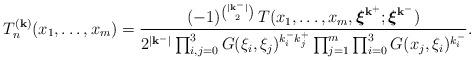
LaTeX: \begin{align*}T_n^{(\mathbf k)}(x_1,\dots,x_{m})=\frac{(-1)^{\binom{|\mathbf k^-|}2}\,T(x_1,\dots,x_m,\boldsymbol\xi^{{\mathbf k}^+};\boldsymbol\xi^{{\mathbf k}^-})}{2^{|\mathbf k^-|}\prod_{i,j=0}^3G(\xi_i,\xi_j)^{k_i^-k_j^+}\prod_{j=1}^m\prod_{i=0}^3G(x_j,\xi_i)^{k_i^-}}.\end{align*}